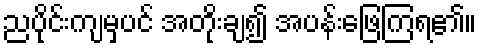
ညပိုင်းကျမှပင် အတိုးချ၍ အပန်းဖြေကြရ၏။